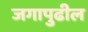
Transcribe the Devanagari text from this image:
जगापुढील